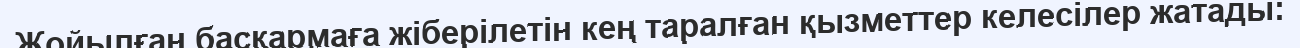
Жойылған басқармаға жіберілетін кең таралған қызметтер келесілер жатады: